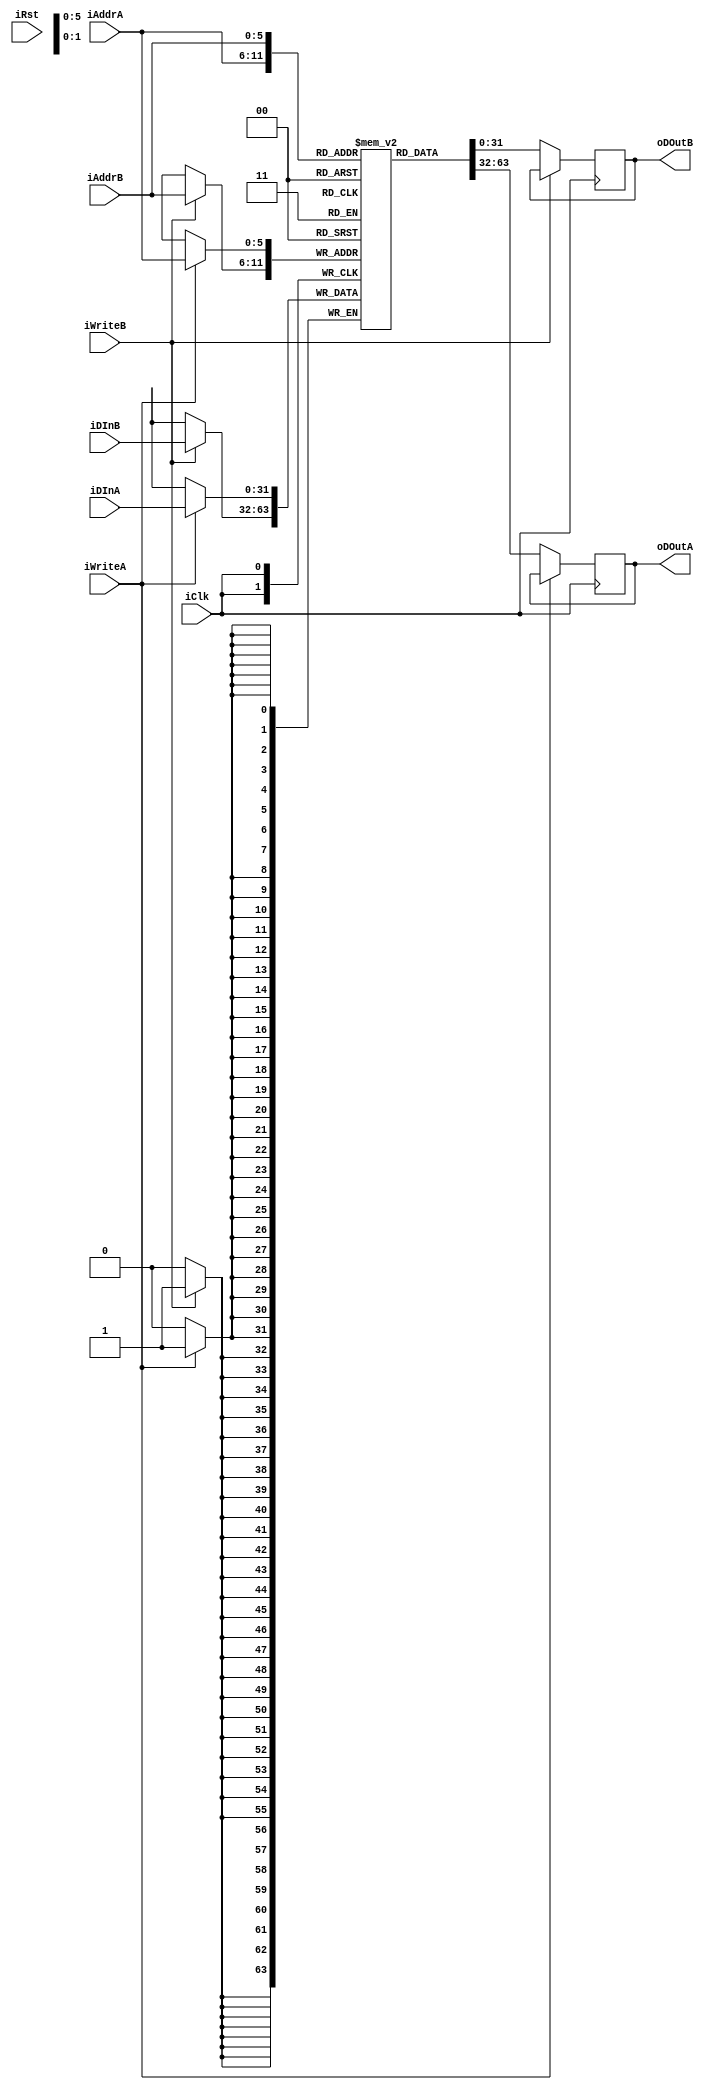
// epRISC Core, v4
// (C) 2016 by John C. Lemme - jclemme (at) proportionallabs (dot) (com)

// This file is part of the epRISC project, released under the epRISC license. See "license.txt" for details.

// This is the CPU, implementing the epRISC v4 ISA. It's pretty buggy right now, and I make no promises that it works.
// It also might not adhere exactly to the specification, especially around interrupts and the ALU. 

// This file is part of the epRISC project, released under the MIT license. See "LICENSE" for details.

/* verilator lint_off WIDTH */
 
`define sPipeFetch          1
`define sPipeDecodeDelay    10
`define sPipeDecode         2
`define sPipeArithmetic     3
`define sPipeMemory         4
`define sPipeWriteback      5
`define sPipeIncCatch       6
`define sPipeIntCatch       7
`define sPipeFetchDelay     8
`define sPipeMemoryDelay    9
`define sUndefined          0


module GPR_epRISC(iClk, iRst, iAddrA, iDInA, oDOutA, iWriteA, iAddrB, iDInB, oDOutB, iWriteB);

    input iClk, iRst, iWriteA, iWriteB;
    input [5:0] iAddrA, iAddrB;
    input [31:0] iDInA, iDInB;
    output reg [31:0] oDOutA, oDOutB;
    
    reg [6:0] rClr;
    reg [31:0] rContents[0:63];
        
    always @(posedge iClk) begin
        if(iWriteA) begin
            rContents[iAddrA] <= iDInA;
        end
        
        if(iWriteB) begin
            rContents[iAddrB] <= iDInB;
        end
    end
    
    always @(posedge iClk) begin
        if(!iWriteA) begin
            oDOutA <= rContents[iAddrA];
        end
    end
    
    always @(posedge iClk) begin
        if(!iWriteB) begin
            oDOutB <= rContents[iAddrB];
        end
    end
            
endmodule

module Core_epRISC(iClk, iRst, iInt, oHalt, oAddr, bData, oWrite);
    
    parameter pVecRst = 0, pVecInt = 0;
    
    input iClk, iRst;
    input [2:0] iInt;
    inout [31:0] bData;
    output wire oWrite;
    output wire [31:0] oAddr;
    output reg oHalt;
    
    wire mBranch, mBranchRest, mBranchNorm, mBranchInt, mBranchRestLink, mBranchRestStak, mBranchSaveLink, mBranchSaveStak;
    wire mRegister, mRegisterVal, mRegisterReg;
    wire mALU, mALUVal, mALUReg;
    wire mLoad, mLoadLod, mLoadStr;
    wire mCore, mFail;
    
    wire wGPRWriteA, wGPRWriteB, wGPRInWriteA, wGPRInWriteB, wGPREnableA, wGPREnableB, wALUC, wALUZ, wALUN, wALUV;
    wire [3:0] wALUOp, wInstRegA, wInstRegB, wInstRegC, wRegShift;
    wire [4:0] wALUShift;
    wire [5:0] wGPRAddrA, wGPRAddrB;
    wire [7:0] wALUVal;
    wire [15:0] wRegVal;
    wire [18:0] wOffset;
    wire [31:0] wGPRDInA, wGPRDInB, wGPRDOutA, wGPRDOutB, wGPRDBusA, wGPRDBusB, wIntRegA, wIntRegB, wIntAccA, wIntAccB, wDebug;
    
    //assign wDebug = rRegIntV[2];
    
    reg rExec, rIntRcv, rIntAck;
    reg [2:0] rIntPri;
    reg [3:0] rPipeState, rPipeNextState;
    reg [31:0] rRegIP, rRegSP, rRegCS, rRegGL, rTmpA, rTmpB, rTmpR, rTmpM, rInst, rDataBuf, rAddrBuf, rGPRBufA, rGPRBufB;
    reg [32:0] rTmpC;
    
    reg [31:0] rRegIntV[0:3];
    
    GPR_epRISC gpr(iClk, iRst, wGPRAddrA, wGPRDInA, wGPRDOutA, wGPRWriteA, wGPRAddrB, wGPRDInB, wGPRDOutB, wGPRWriteB);
    //GPRon_epRISC gpr(wGPRAddrA, wGPRAddrB, iClk, wGPRDInA, wGPRDInB, 1, wGPRWriteA, wGPRWriteB, wGPRDOutA, wGPRDOutB);

    assign mBranch = (rInst[27]) ? 1 : 0;
    assign mBranchRest = (rInst[27:25] == 7) ? 1 : 0;
    assign mBranchNorm = (rInst[27:25] == 0) ? 1 : 0;
    assign mBranchInt = (rInst[19]) ? 1 : 0;
    assign mBranchRestLink = (rInst[27:24] == 14) ? 1 : 0;
    assign mBranchRestStak = (rInst[27:24] == 15) ? 1 : 0;
    assign mBranchSaveLink = (rInst[27:24] == 12) ? 1 : 0;
    assign mBranchSaveStak = (rInst[27:24] == 13) ? 1 : 0;
    assign mRegister = (rInst[27:26] == 1) ? 1 : 0;
    assign mRegisterVal = (rInst[27:24] == 5) ? 1 : 0;
    assign mRegisterReg = (rInst[27:24] == 4) ? 1 : 0;
    assign mALU = (rInst[27:25] == 3) ? 1 : 0;
    assign mALUVal = (rInst[27:24] == 7) ? 1 : 0;
    assign mALUReg = (rInst[27:24] == 6) ? 1 : 0;
    assign mLoad = (rInst[27:25] == 1) ? 1 : 0;
    assign mLoadLod = (rInst[27:24] == 2) ? 1 : 0;
    assign mLoadStr = (rInst[27:24] == 3) ? 1 : 0;
    assign mCore = (rInst[27:24] == 1) ? 1 : 0;
    assign mFail = (rInst[27:24] == 0) ? 1 : 0;
    
    assign wInstRegA = rInst[23:20];
    assign wInstRegB = rInst[19:16];
    assign wInstRegC = rInst[15:12];
    assign wRegShift = rInst[19:16];
    assign wALUShift = rInst[15:12];
    assign wALUVal = rInst[11:4];
    assign wRegVal = rInst[15:0];
    assign wOffset = rInst[18:0];
    
    assign oAddr = (rPipeState == `sPipeMemory || rPipeState == `sPipeMemoryDelay) ? ((mBranchSaveStak || mBranchRestStak || (mLoadLod && wInstRegA == 1 && !rRegCS[7]) || (mLoadStr && wInstRegA == 1 && !rRegCS[7])) ? rRegSP : rTmpC) : rRegIP;
    assign bData = (oWrite) ? rDataBuf : 32'bz;
    assign oWrite = ((rPipeState == `sPipeMemory  || rPipeState == `sPipeMemoryDelay) && (mBranchSaveStak || mLoadStr)) ? 1 : 0;
    
    assign wALUOp = (mALU) ? rInst[3:0] : 0;
    assign wALUC = ((wALUOp==0&&rTmpC[32])||(((wALUOp==1)||(wALUOp==13))&&(!rTmpC[32]))) ? 1 : 0;
    assign wALUZ = (rTmpC[31:0] == 0) ? 1 : 0;
    assign wALUN = (rTmpC[31]) ? 1 : 0;
    assign wALUV = (wALUOp == 0 && ((rTmpA[31]&&rTmpB[31]&&!rTmpC[31])||(!rTmpA[31]&&!rTmpB[31]&&rTmpC[31]))) ? 1 : (wALUOp==1&&((!rTmpA[31]&&rTmpB[31]&&!rTmpC[31])||(rTmpA[31]&&!rTmpB[31]&&rTmpC[31]))) ? 1 : 0;

    assign wIntRegA = (wGPRAddrA==0) ? rRegIP : ((wGPRAddrA==1) ? rRegSP : ((wGPRAddrA==2) ? rRegCS : ((wGPRAddrA==3) ? rRegGL : 32'hFFFFFFFF)));
    assign wIntRegB = (wGPRAddrB==0) ? rRegIP : ((wGPRAddrB==1) ? rRegSP : ((wGPRAddrB==2) ? rRegCS : ((wGPRAddrB==3) ? rRegGL : 32'hFFFFFFFF)));
    
    assign wIntAccA = (wGPRAddrA > 35 && wGPRAddrA < 40) ? rRegIntV[wGPRAddrA[1:0]] : 0;
    assign wIntAccB = (wGPRAddrB > 35 && wGPRAddrB < 40) ? rRegIntV[wGPRAddrB[1:0]] : 0;
    
    assign wGPRAddrA = (rRegCS[13:12]<<4) + ((rPipeState == `sPipeWriteback) ? ((mBranchRestLink) ? rRegCS[11:8] : ((mRegisterReg && rInst[15]) ? wInstRegB : wInstRegA)) : ((mBranchSaveLink) ? rRegCS[11:8] : ((mALU) ? wInstRegB : wInstRegA)));
    assign wGPRDInA = ((mBranchRestLink) ? rTmpR : ((mRegisterReg && rInst[15]) ? rTmpA : rTmpC));
    assign wGPRDBusA = (!rRegCS[7] && wGPRAddrA < 4) ? wIntRegA : ((wGPRAddrA >= 32) ? wIntAccA : wGPRDOutA);
    assign wGPREnableA = (wGPRAddrA < 4 && !rRegCS[7]) ? 0 : 1;
    assign wGPRInWriteA = (rPipeState == `sPipeWriteback && !mLoad && !mBranch && !mRegisterReg && !mCore && !wGPREnableA && !mFail) ? ((mALU && wALUOp >= 13) ? 0 : 1) : 0;
    assign wGPRWriteA = (rPipeState == `sPipeWriteback && !mLoad && !mBranch && !mRegisterReg && !mCore && wGPREnableA && !mFail) ? ((mALU && wALUOp >= 13) ? 0 : 1) : 0;
    
    assign wGPRAddrB = (rRegCS[13:12]<<4) + ((rPipeState == `sPipeWriteback) ? ((mLoadLod) ? wInstRegB : wInstRegA) : ((mALUReg) ? wInstRegC : ((mRegisterReg && rInst[15]) ? wInstRegA : wInstRegB)));  
    assign wGPRDInB = ((mLoadLod) ? rTmpM : rTmpB);
    assign wGPRDBusB = ((!rRegCS[7] && wGPRAddrB < 4) ? wIntRegB : ((wGPRAddrB >= 32) ? wIntAccB : wGPRDOutB));
    assign wGPREnableB = (wGPRAddrB < 4 && !rRegCS[7]) ? 0 : 1;
    assign wGPRInWriteB = (rPipeState == `sPipeWriteback && (mLoadLod || mRegisterReg) && !mCore && !wGPREnableB && !mFail) ? 1 : 0;
    assign wGPRWriteB = (rPipeState == `sPipeWriteback && (mLoadLod || mRegisterReg) && !mCore && wGPREnableB && !mFail) ? 1 : 0;
    
    always @(posedge iClk) begin
        if(iRst) 
            rPipeState <= `sUndefined;
        else
            rPipeState <= rPipeNextState;
    end
    
    always @(negedge iClk) begin
        if(iRst) begin
            oHalt <= 0;
        end else begin
            if(rPipeState == `sPipeWriteback) begin
                if(mCore && wInstRegA == 2)
                    oHalt <= 1;
            end
        end
    end
    
    always @(negedge iClk) begin
        if(iRst) begin
            rIntAck <= 0;
        end else begin
            if(rIntRcv == 1)
                rIntAck <= 1;
            else if(rPipeState == `sPipeIntCatch) begin
                rIntAck <= 0;
            end
        end
    end
    
    always @(negedge iClk) begin
        if(iRst) begin
            rRegIP <= 0;
        end else begin
            if(rPipeState == `sPipeWriteback) begin
                if(mBranch) begin
                    if(mBranchRestStak)
                        rRegIP <= rTmpM + 1;
                    else if(mBranchRestLink)
                        rRegIP <= rTmpC[31:0] + 1;
                    else
                        rRegIP <= rTmpC[31:0];
                end else begin
                    if(!rRegCS[7] && wGPRAddrA == 0 && wGPRInWriteA) begin
                        rRegIP <= wGPRDInA;
                        //$display("\nPort A write %h %h %h %h", rRegIP, wGPRAddrA, rInst, wGPRInWriteA);
                    end else if(!rRegCS[7] && wGPRAddrB == 0 && wGPRInWriteB) begin
                        rRegIP <= wGPRDInB;
                        //$display("Port B write %h", rRegIP);
                    end else begin
                        rRegIP <= rRegIP + 1;
                    end
                end
            end else if(rPipeState == `sPipeIncCatch) begin
                rRegIP <= rRegIP + 1;
            end else if(rPipeState == `sPipeIntCatch) begin
                if(mCore && wInstRegA == 1)
                    rRegIP <= rRegIntV[3];
                else
                    rRegIP <= rRegIntV[rIntPri];
            end
        end
    end
    
    always @(negedge iClk) begin
        if(iRst) begin
            rRegSP <= 0;
        end else begin
            if(rPipeState == `sPipeArithmetic) begin
                if(mBranchRestStak || (mLoadLod && wInstRegA == 1 && !rRegCS[7]))
                    rRegSP <= rRegSP + 1;
            end else if(rPipeState == `sPipeWriteback) begin
                if(!rRegCS[7] && wGPRAddrA == 1 && wGPRInWriteA)
                    rRegSP <= wGPRDInA;
                else if(!rRegCS[7] && wGPRAddrB == 1 && wGPRInWriteB)
                    rRegSP <= wGPRDInB;
                else if(mBranchSaveStak || (mLoadStr && wInstRegA == 1 && !rRegCS[7]))
                    rRegSP <= rRegSP - 1;
            end
        end
    end
    
    always @(negedge iClk) begin
        if(iRst) begin
            rRegCS <= 0;
        end else begin
            if(rPipeState == `sPipeWriteback) begin
                if(!rRegCS[4]) begin
                    rRegCS[3] <= wALUC;
                    rRegCS[2] <= wALUZ;
                    rRegCS[1] <= wALUN;
                    rRegCS[0] <= wALUV;
                end
                if(mBranchInt) begin
                    rRegCS[6] <= !rRegCS[6];
                end
                if(mCore && wInstRegA == 3)
                    rRegCS[15:12] <= wALUOp;
                else if(!rRegCS[7] && wGPRAddrA == 2 && wGPRInWriteA)
                    rRegCS <= wGPRDInA;
                else if(!rRegCS[7] && wGPRAddrB == 2 && wGPRInWriteB)
                    rRegCS <= wGPRDInB;
            end else if(rPipeState == `sPipeIntCatch) begin
                if(mBranchInt)
                    rRegCS[6] <= 0;
            end
        end
    end
    
    always @(negedge iClk) begin
        if(iRst) begin
            rRegGL <= 0;
        end else begin
            if(rPipeState == `sPipeWriteback) begin
                if(!rRegCS[7] && wGPRAddrA == 3 && wGPRInWriteA)
                    rRegGL <= wGPRDInA;
                else if(!rRegCS[7] && wGPRAddrB == 3 && wGPRInWriteB)
                    rRegGL <= wGPRDInB;
            end else if(rPipeState == `sPipeIntCatch) begin
                rRegGL <= rRegIP;
            end
        end
    end

    always @(negedge iClk) begin
        if(iRst) begin
            rRegIntV[3] <= 0;
            rRegIntV[2] <= 0;
            rRegIntV[1] <= 0;
            rRegIntV[0] <= 0;
        end else begin
            if(rPipeState == `sPipeWriteback) begin
                if(wGPRAddrB > 35 && wGPRAddrB < 40 && wGPRWriteA && wGPREnableA)
                    rRegIntV[wGPRAddrA[1:0]] <= wGPRDBusA;
                else if(wGPRAddrB > 35 && wGPRAddrB < 40 && wGPRWriteA && wGPREnableA)
                    rRegIntV[wGPRAddrA[1:0]] <= wGPRDBusB;
            end
        end
    end
        
    always @(negedge iClk) begin
        if(iRst) begin
            rTmpA <= 0;
        end else begin
            if(rPipeState == `sPipeDecode || rPipeState == `sPipeDecodeDelay) begin
                if(mRegisterVal)
                    rTmpA <= ((wRegVal[15]) ? 32'hFFFF0000 + wRegVal : wRegVal) << wRegShift;
                else
                    rTmpA <= wGPRDBusA;
            end 
        end
    end

    always @(negedge iClk) begin
        if(iRst) begin
            rTmpB <= 0;
        end else begin
            if(rPipeState == `sPipeDecode || rPipeState == `sPipeDecodeDelay) begin
                if(mBranch)
                    rTmpB <= (wOffset[18]) ? 32'hFFF80000 + wOffset : wOffset;
                else if(mLoad)
                    rTmpB <= (wRegVal[15]) ? 32'hFFFF0000 + wRegVal : wRegVal;
                else if(mALUVal)
                    //if(rRegIP > 32'h100)
                    //    rTmpB <= (wALUVal) << (wALUShift<<1);
                    //else
                    //    rTmpB <= ((wALUVal[7]) ? 32'hFFFFFF00 + wALUVal : wALUVal) << (wALUShift<<1);
                    if(rRegCS[5])
                        rTmpB <= ((wALUVal) << (wALUShift<<1));
                    else
                        rTmpB <= (((wALUVal[7]) ? 32'hFFFFFF00 + wALUVal : wALUVal) << (wALUShift<<1));
                else if(mRegisterVal)
                    rTmpB <= 0;
                else
                    rTmpB <= wGPRDBusB;
            end
        end
    end
    
    always @(negedge iClk) begin
        if(iRst) begin
            rTmpR <= 0;
        end else begin
            if(mBranch && !mBranchSaveLink)
                rTmpR <= rRegIP;
            else
                rTmpR <= wGPRDBusB;
        end
    end
    
    always @(negedge iClk) begin
        if(iRst) begin
            rTmpM <= 0;
            rInst <= 0;
            rDataBuf <= 0;
        end else begin
            if(rPipeState == `sPipeFetch || rPipeState == `sPipeFetchDelay) begin
                rInst <= bData;
            end if(rPipeState == `sPipeMemoryDelay || rPipeState == `sPipeMemory) begin
                if(oWrite) 
                    rDataBuf <= rTmpR;       
            end if(rPipeState == `sPipeMemoryDelay || rPipeState == `sPipeMemory) begin
                rTmpM <= bData;
            end
        end
    end
    
    always @(negedge iClk) begin
        if(iRst) begin
            rTmpC <= 0;
        end else begin
            if(rPipeState == `sPipeArithmetic) begin
                case(wALUOp)
                    0: rTmpC <= rTmpA + rTmpB;      //Add
                    1: rTmpC <= rTmpA - rTmpB;      //Sub
                    2: rTmpC <= rTmpA + 1;          //Inc
                    3: rTmpC <= rTmpA - 1;          //Dec
                    4: rTmpC <= rTmpA & rTmpB;      //And
                    5: rTmpC <= rTmpA | rTmpB;      //Or
                    6: rTmpC <= rTmpA ^ rTmpB;      //Xor
                    7: rTmpC <= ~rTmpA;             //Not
                    8: rTmpC <= rTmpA << rTmpB;     //ASL
                    9: rTmpC <= (rTmpC[31]) ? (~(32'b1 >> rTmpB)) + (rTmpA >> rTmpB) : rTmpA >> rTmpB;     //ASR
                    10: rTmpC <= rTmpA >> rTmpB;    //LSR
                    11: rTmpC <= (rTmpA >> rTmpB) + ((rTmpA & (~(32'b1 << rTmpB))) << (32-rTmpB));    //ROL
                    12: rTmpC <= (rTmpA << rTmpB) + ((rTmpA & (~(32'b1 >> rTmpB))) >> (32-rTmpB));    //ROR
                    13: rTmpC <= rTmpA - rTmpB;     //CMP
                    14: rTmpC <= rTmpA & rTmpB;     //TST
                    15: rTmpC <= 0;                 //Nothing
                endcase
            end
        end
    end
    
    always @(iInt or rIntAck) begin
        if((!rRegCS[6] && (iInt > 0)) && !rIntAck) begin
            rIntRcv = 1;
            rIntPri = iInt;
        end else begin
            rIntRcv = 0;
        end
    end
    
    always @(*) begin
        case(rInst[31:28])
            0: rExec = 1;
            1: rExec = (rRegCS[2]) ? 1 : 0;
            2: rExec = (!rRegCS[2]) ? 1 : 0;
            3: rExec = (rRegCS[3]) ? 1 : 0;
            4: rExec = (!rRegCS[3]) ? 1 : 0;
            5: rExec = (rRegCS[1]) ? 1 : 0;
            6: rExec = (!rRegCS[1]) ? 1 : 0;
            7: rExec = (rRegCS[0]) ? 1 : 0;
            8: rExec = (!rRegCS[0]) ? 1 : 0;
            9: rExec = (rRegCS[3] && !rRegCS[2]) ? 1 : 0;
            10: rExec = (!rRegCS[3] || rRegCS[2]) ? 1 : 0;
            11: rExec = (rRegCS[1] == rRegCS[0]) ? 1 : 0;
            12: rExec = (rRegCS[1] != rRegCS[0]) ? 1 : 0;
            13: rExec = (!rRegCS[2] && (rRegCS[1] == rRegCS[0])) ? 1 : 0;
            14: rExec = (rRegCS[2] || (rRegCS[1] != rRegCS[0])) ? 1 : 0;
            15: rExec = 0;
        endcase
    end
            
    always @(*) begin
        case(rPipeState)
            `sPipeFetch: rPipeNextState = `sPipeFetchDelay; /*rPipeNextState = (rExec) ? `sPipeDecode : `sPipeIncCatch;*/
            `sPipeFetchDelay: rPipeNextState = (rExec) ? `sPipeDecodeDelay : `sPipeIncCatch;
            `sPipeDecodeDelay: rPipeNextState = `sPipeDecode;
            `sPipeDecode: rPipeNextState = `sPipeArithmetic; 
            `sPipeArithmetic: rPipeNextState = `sPipeMemory; 
            `sPipeMemory: rPipeNextState = `sPipeMemoryDelay; /*rPipeNextState = `sPipeWriteback;*/
            `sPipeMemoryDelay: rPipeNextState = `sPipeWriteback; 
            `sPipeWriteback: rPipeNextState = (oHalt) ? `sUndefined : ((rIntAck || (mCore && wInstRegA==1)) ? `sPipeIntCatch : `sPipeFetch);
            `sPipeIncCatch: rPipeNextState = `sPipeFetch;
            `sPipeIntCatch: rPipeNextState = `sPipeFetch;
            `sUndefined: rPipeNextState = (oHalt) ? `sUndefined : `sPipeFetch;
            default: rPipeNextState = `sUndefined;
        endcase
    end
    
endmodule